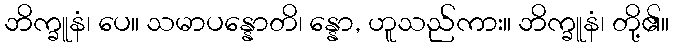
ဘိက္ခူနံ၊ ပေ။ သမာပန္နောတိ၊ န္နော, ဟူသည်ကား။ ဘိက္ခူနံ၊ တို့၏။